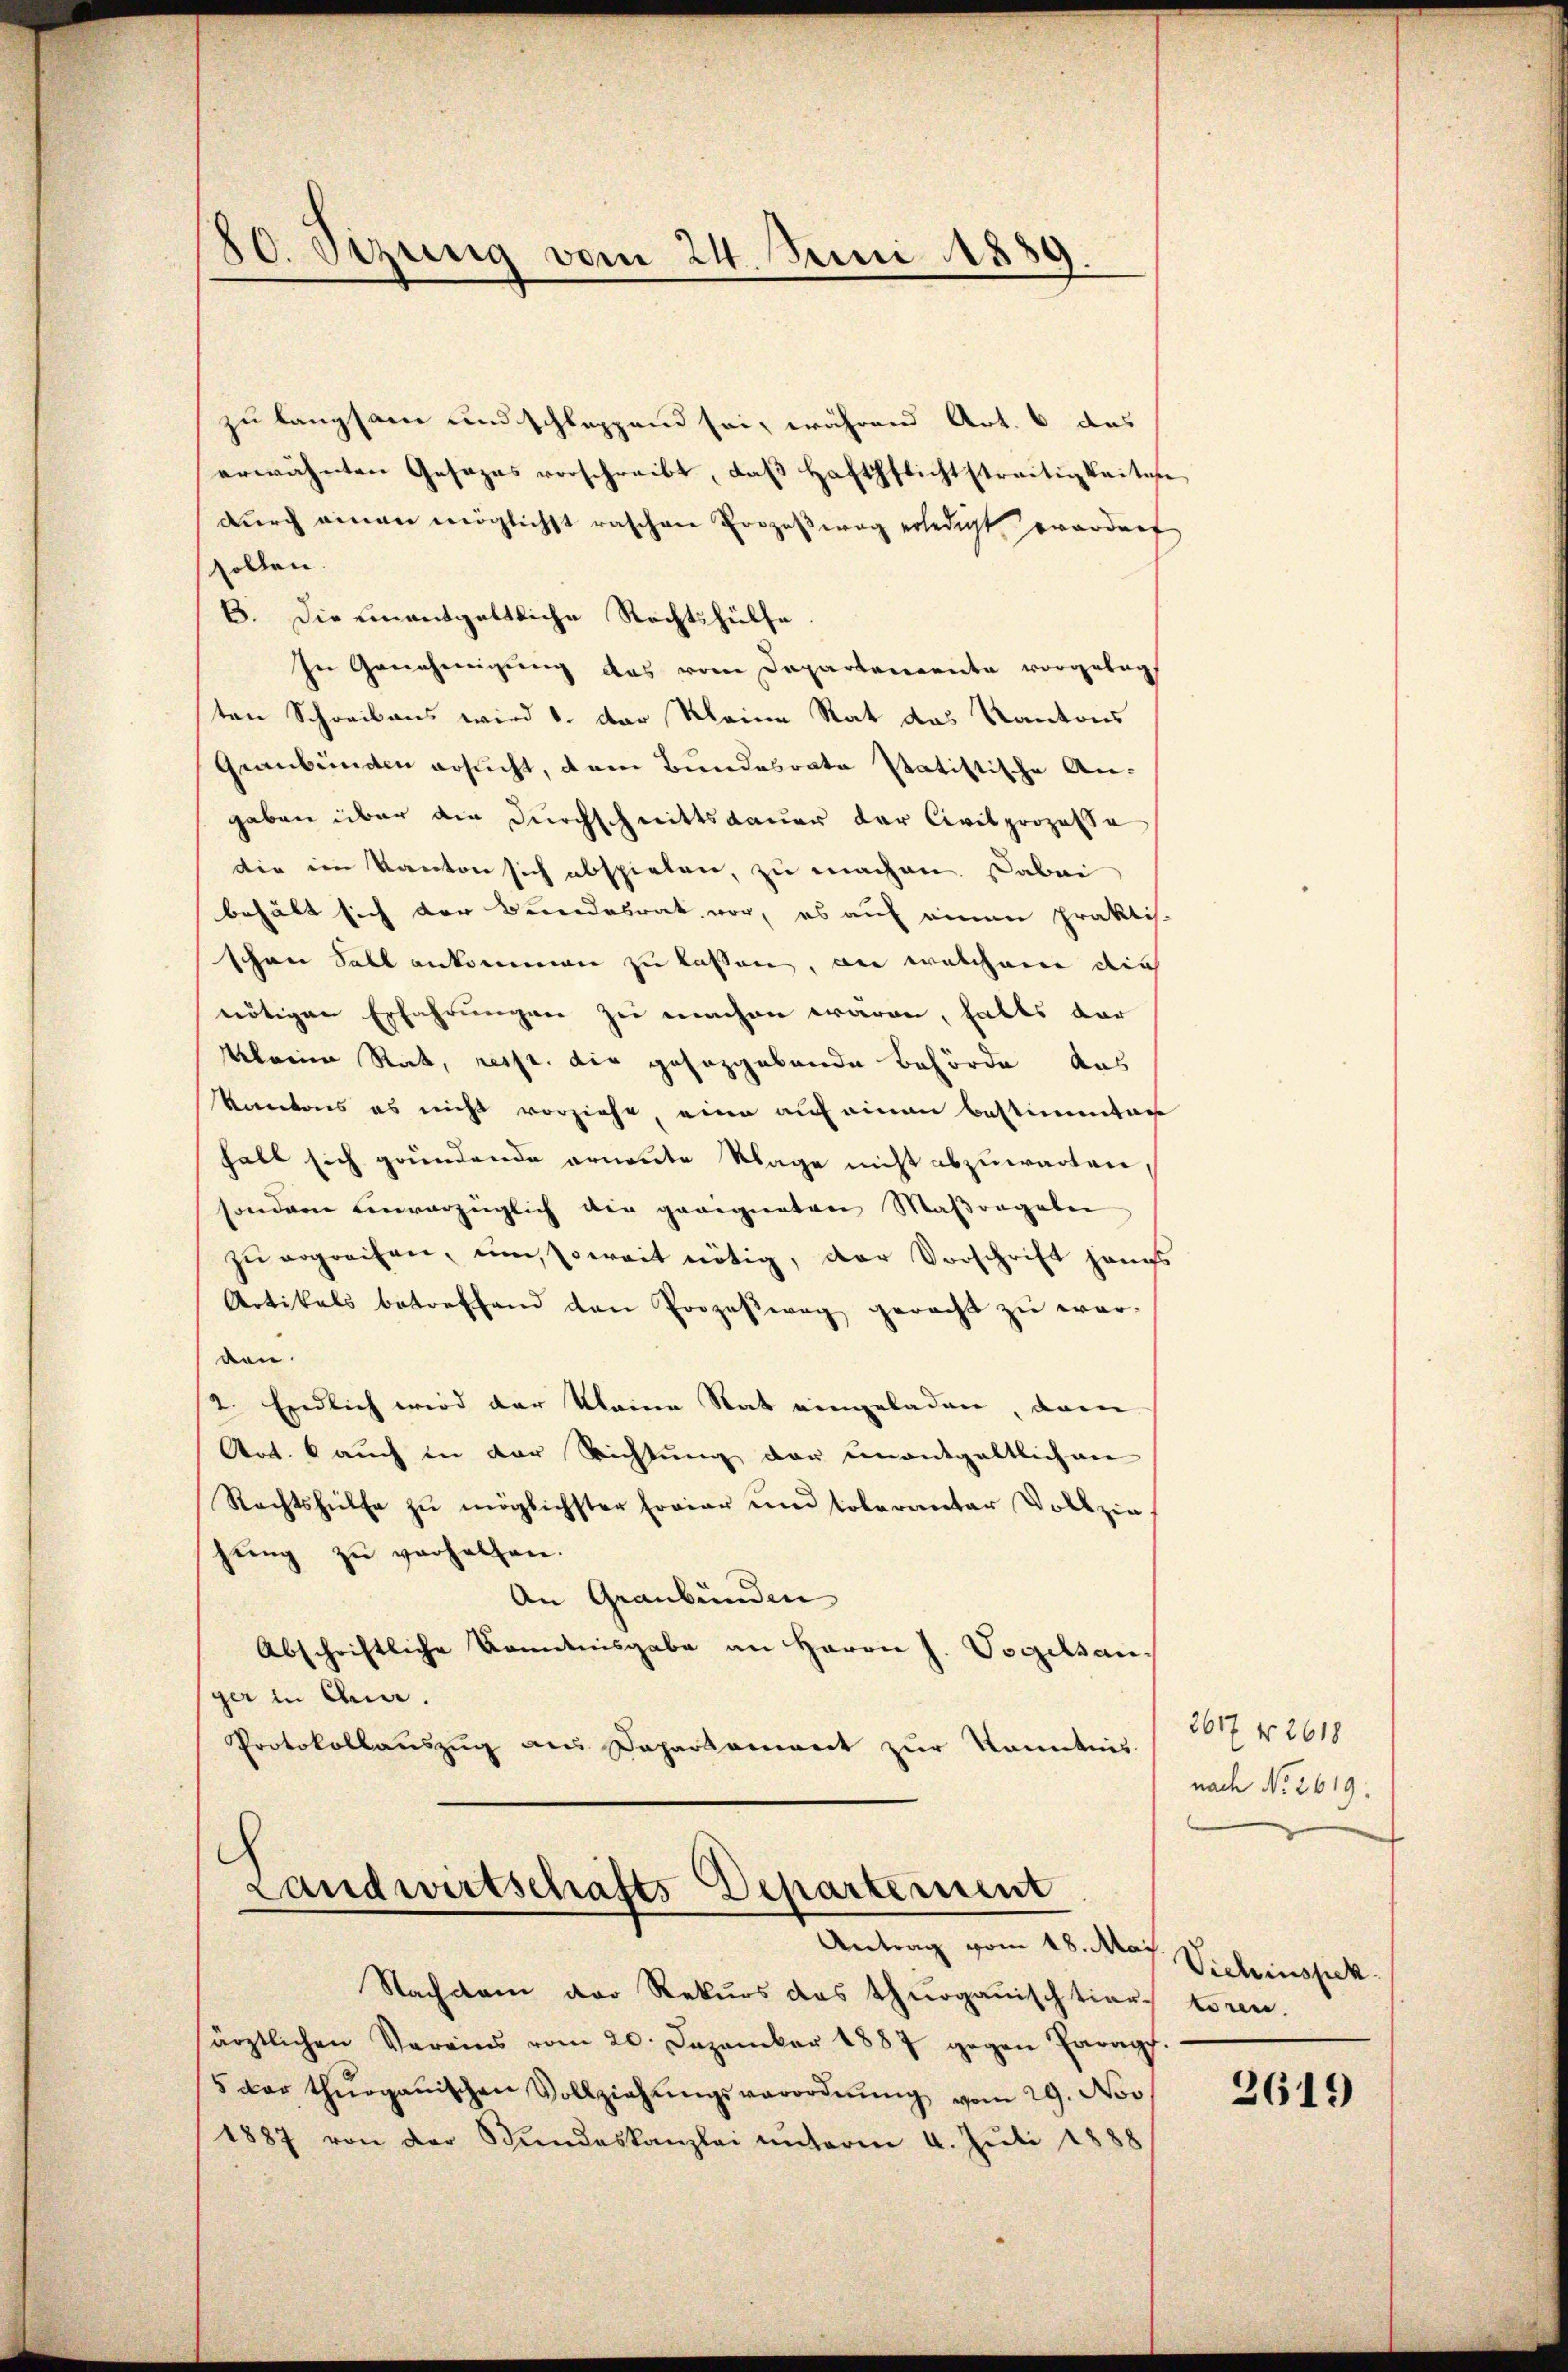
80. Sizung vom 24. Juni 1889.

zu langsam und schleppend sei, während Art. 6 das
erwähnten Gesezes vorschreibt, daβ Haftpflichtstreitigkeiten
dŭrch einen möglichst raschen Prozeβwog erledigt wordert
sollen.
B. Die einentgeltliche Rechtshülfe
In Genehmigung das vom Departemente vorgelegt
ten Schreibens wird 1. der kleine Rat das Kantons
Graubünden ersucht, dem Bundesrate statistische An-
gaben über die Durchschnittsdauer der Civilprozesse
die im Kanton sich abspielen, zu machen. Dabei
behält sich der Bundesrat vor, es auf einen Praktis-
schen Sall ankommen zu lassen, an welchem die
nötigen Erfahrungen zu machen waren, falls dar
Kleine Rat, resp. die gesezgebende Behörde aus
Kantons es nicht vorziehe, eine auf einen bestimmten
halt sich gründende ernannte Klage nicht abzuwarten
sondern einverzüglich die geeigneten Maßangaben
zu ergreifen, um, soweit nötig, der Vorschrift gangs
Artikals betreffend den Prozeβwag geracht zŭ wer-
den.
2. Endlich wird der Meine Rat eingeladen, dann
Art. 6 auch in der Richtung der unentgeltlichen
Rechtshülfe zu möglichster Freier und toleranter Vollzie
jung zu verhelfen.
An Graubünden |
Abschriftliche Kenntnisgabe an Herrn J. Vogelsanger in Ana.
Protokollauszug aus Departament zur Kenntnis

c
Landwirtschafts-Departement
Antrag vom 18. Mai

Nachdem der Rekurs das thurgauischtierstoren.
ärztlichen Vereins vom 20. Dezember 1887 gegen Parapf.
5 der thurganischen Vollziehŭngsverordnŭng vom 29. Nov
1887 von der Stŭndeskanzlei ŭnterm 4. Juli 1888

3617 f 2618
nach No. 2619.

Vichinspek

2619